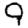
Digit: 9